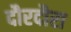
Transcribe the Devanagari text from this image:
दौरदौरा